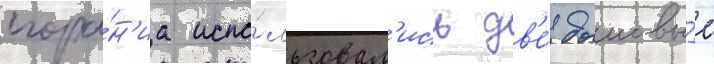
сгора́н'иа испо́льзовал'ись дв'е́ дымовы́е